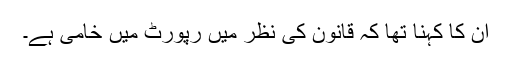
ان کا کہنا تھا کہ قانون کی نظر میں رپورٹ میں خامی ہے۔